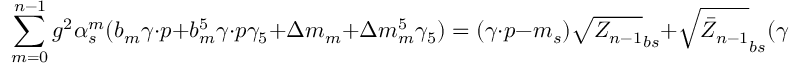
\sum _ { m = 0 } ^ { n - 1 } g ^ { 2 } \alpha _ { s } ^ { m } ( b _ { m } \gamma \cdot p + b _ { m } ^ { 5 } \gamma \cdot p \gamma _ { 5 } + \Delta m _ { m } + \Delta m _ { m } ^ { 5 } \gamma _ { 5 } ) = ( \gamma \cdot p - m _ { s } ) \sqrt { Z _ { n - 1 } } _ { b s } + \sqrt { \bar { Z } _ { n - 1 } } _ { b s } ( \gamma \cdot p - m _ { b } ) ;